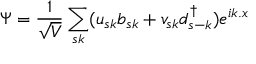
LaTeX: \Psi = { \frac { 1 } { \sqrt { V } } } \sum _ { s k } ( u _ { s k } b _ { s k } + v _ { s k } d _ { s - k } ^ { \dagger } ) e ^ { i k . x }